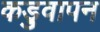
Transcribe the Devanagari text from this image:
कड़ुवापन